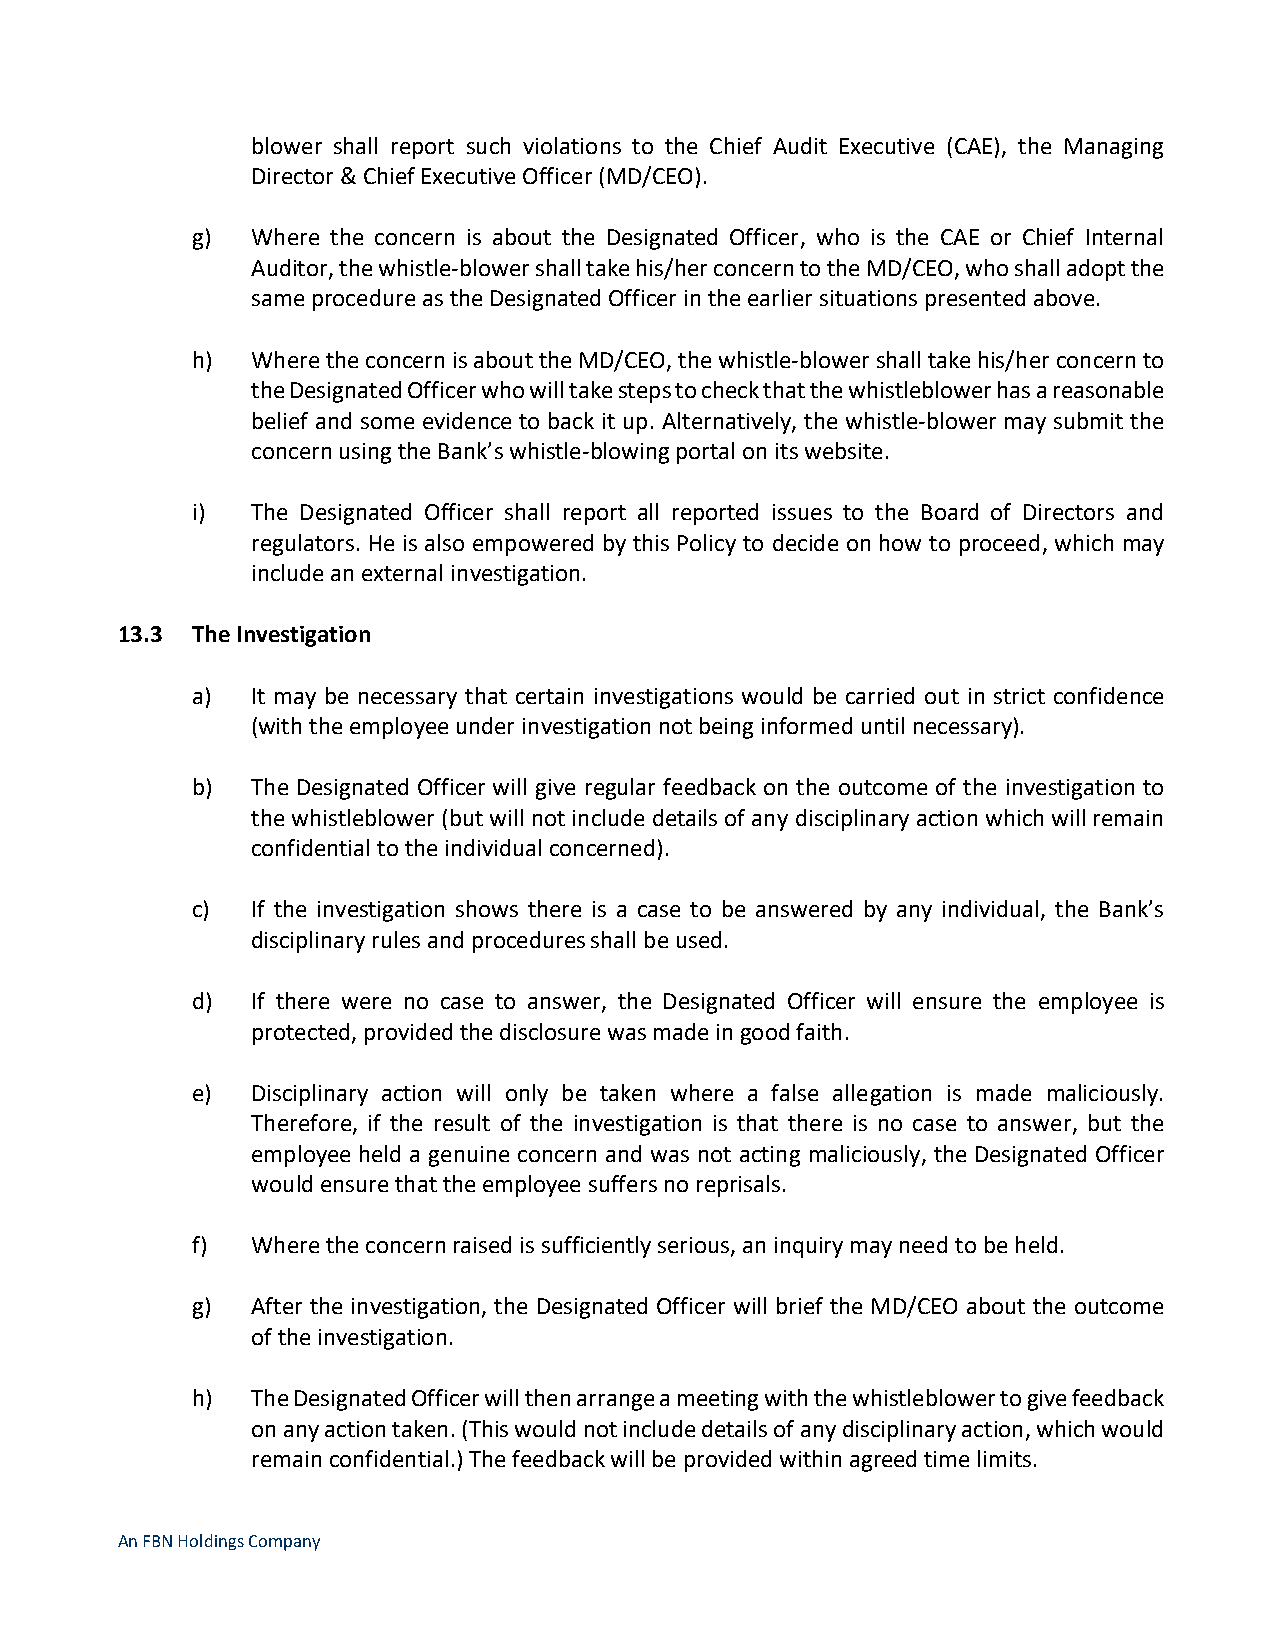
blower shall report such violations to the Chief Audit Executive (CAE), the Managing
 Director & Chief Executive Officer (MD/CEO).
 g)  Where the concern is about the Designated Officer, who is the CAE or Chief Internal
 Auditor, the whistle-blower shall take his/her concern to the MD/CEO, who shall adopt the
 same procedure as the Designated Officer in the earlier situations presented above.
 h)  Where the concern is about the MD/CEO, the whistle-blower shall take his/her concern to
 the Designated Officer who will take steps to check that the whistleblower has a reasonable
 belief and some evidence to back it up. Alternatively, the whistle-blower may submit the
 concern using the Bank’s whistle-blowing portal on its website.
 i)  The Designated Officer shall report all reported issues to the Board of Directors and
 regulators. He is also empowered by this Policy to decide on how to proceed, which may
 include an external investigation.
 13.3 The Investigation
 a)  It may be necessary that certain investigations would be carried out in strict confidence
 (with the employee under investigation not being informed until necessary).
 b)  The Designated Officer will give regular feedback on the outcome of the investigation to
 the whistleblower (but will not include details of any disciplinary action which will remain
 confidential to the individual concerned).
 c)  If the investigation shows there is a case to be answered by any individual, the Bank’s
 disciplinary rules and procedures shall be used.
 d)  If there were no case to answer, the Designated Officer will ensure the employee is
 protected, provided the disclosure was made in good faith.
 e)  Disciplinary action will only be taken where a false allegation is made maliciously.
 Therefore, if the result of the investigation is that there is no case to answer, but the
 employee held a genuine concern and was not acting maliciously, the Designated Officer
 would ensure that the employee suffers no reprisals.
 f)  Where the concern raised is sufficiently serious, an inquiry may need to be held.
 g)  After the investigation, the Designated Officer will brief the MD/CEO about the outcome
 of the investigation.
 h)  The Designated Officer will then arrange a meeting with the whistleblower to give feedback
 on any action taken. (This would not include details of any disciplinary action, which would
 remain confidential.) The feedback will be provided within agreed time limits.
 An FBN Holdings Company